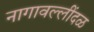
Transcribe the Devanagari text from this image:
नागावल्लींदळ